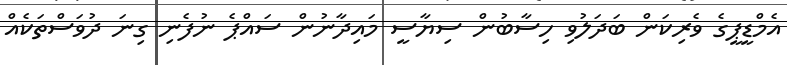
އެމްޑީޕީގެ ވެރިކަން ބަދަލުވި ހިސާބުން ސިޔާސީ މައިދާނުން ސައްޕެ ނުފެނި ގިނަ ދުވަސްތަކެއް